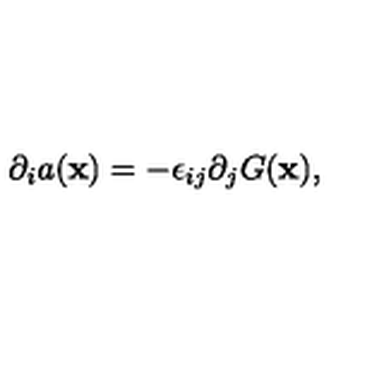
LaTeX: \partial _ { i } a ( { \bf x } ) = - \epsilon _ { i j } \partial _ { j } G ( { \bf x } ) ,